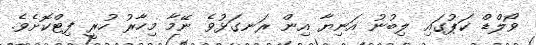
ވޯލްޑް ކަޕުގައި ލިބުނު އަނިޔާ އިން ރަނގަޅުވެ ނޭމާ މިހާރު ހުރީ ފިޓްކޮށެވެ.